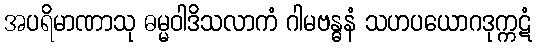
အပရိမာဏာသု ဓမ္မဝါဒိသလာကံ ဂါမဗန္ဓနံ သဟပယောဂဒုက္ကဋံ